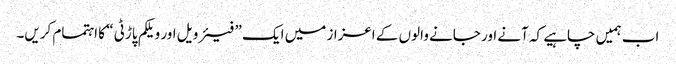
اب ہمیں چاہیے کہ آنے اور جانے والوں کے اعزاز میں ایک ” فیئر ویل اور ویلکم پاڑٹی “ کا اہتمام کریں۔